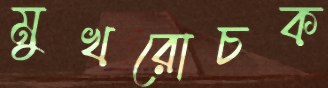
মুখরোচক